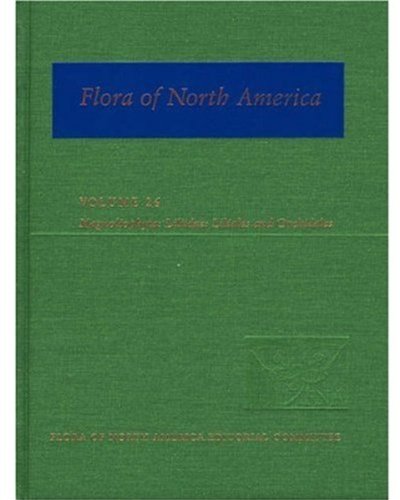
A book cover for Flora of North America, Vol. 26: Liliidae; Science & Math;